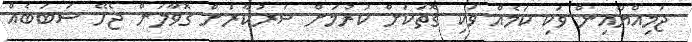
ޖަމިއްޔާއިން ވަކި ކަމެއް ވަކި ގޮތަކަށް ކުރުމަށް ސަރުކާރަށް ގޮވާލަން ޖެހޭ ސަބަބެއް